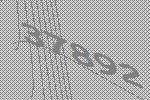
37892